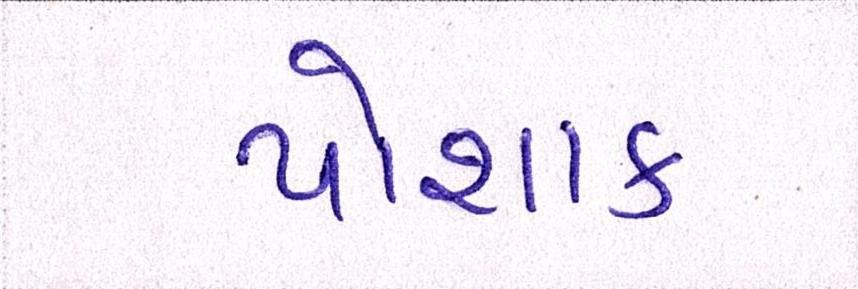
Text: પોશાક